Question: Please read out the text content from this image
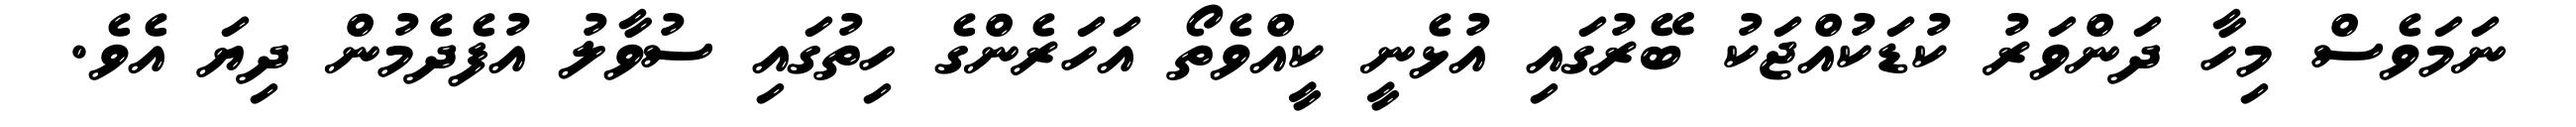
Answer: ނަމަވެސް މިހާ ދަންވަރު ކުޑަކުއްޖަކު ބޭރުގައި އުޅެނީ ކީއްވެތޯ އަހަރެންގެ ހިތުގައި ސުވާލު އުފެދެމުން ދިޔަ އެވެ.